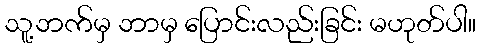
သူ့ဘက်မှ ဘာမှ ပြောင်းလည်းခြင်း မဟုတ်ပါ။